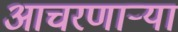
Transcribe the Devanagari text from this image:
आचरणार्‍या